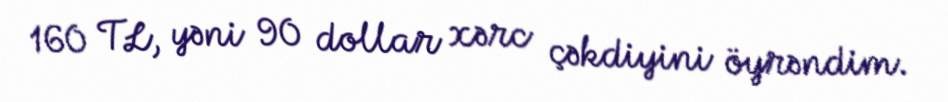
160 TL, yəni 90 dollar xərc çəkdiyini öyrəndim.